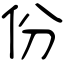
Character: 份